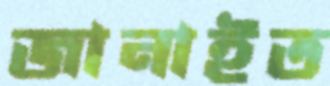
জানাইত